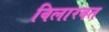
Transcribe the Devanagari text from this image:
विलारवत